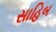
સાહિબ